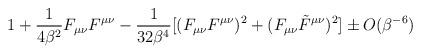
LaTeX: \begin{align*}1+\frac{1}{4\beta^2}F_{\mu\nu} F^{\mu\nu}-\frac{1}{32\beta^4}[(F_{\mu\nu} F^{\mu\nu})^2+(F_{\mu\nu} \tilde{F}^{\mu\nu})^2]\pm O(\beta^{-6}) \end{align*}